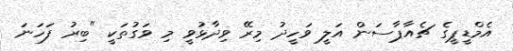
އެމްޑީޕީގެ ޗެއާޕާސަން އަލީ ވަހީދު މިރޭ ވިދާޅުވީ މި ވަގުތަކީ "ބިރު ފަހަނަ